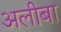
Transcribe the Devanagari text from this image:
अलीबा